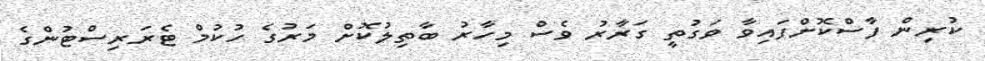
ކުރިން ފާސްކޮށްފައިވާ ވަގުތީ ގަރާރު ވެސް މިހާރު ބާތިލުކޮށް މަރުގެ ހުކުމް ޓެރަރިސްޓުންގެ